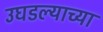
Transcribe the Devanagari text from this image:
उघडल्याच्या